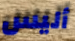
أليس